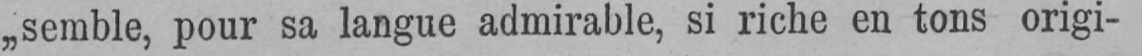
„semble, pour sa langue admirable, si riche en tons origi-